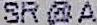
SR @ A